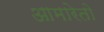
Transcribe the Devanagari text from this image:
आमारेतो